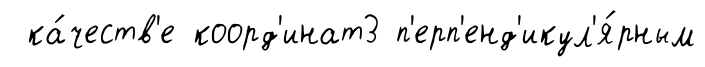
ка́честв'е коорд'инат3 п'ерп'енд'икул'я́рным